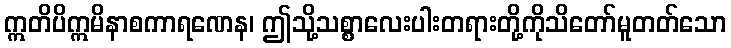
ဣတိပိဣမိနာစကာရဏေန၊ ဤသို့သစ္စာလေးပါးတရားတို့ကိုသိတော်မူတတ်သော